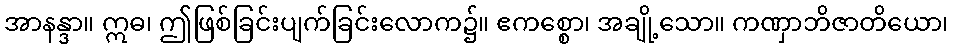
အာနန္ဒာ။ ဣဓ၊ ဤဖြစ်ခြင်းပျက်ခြင်းလောက၌။ ဧကစ္စော၊ အချို့သော။ ကဏှာဘိဇာတိယော၊